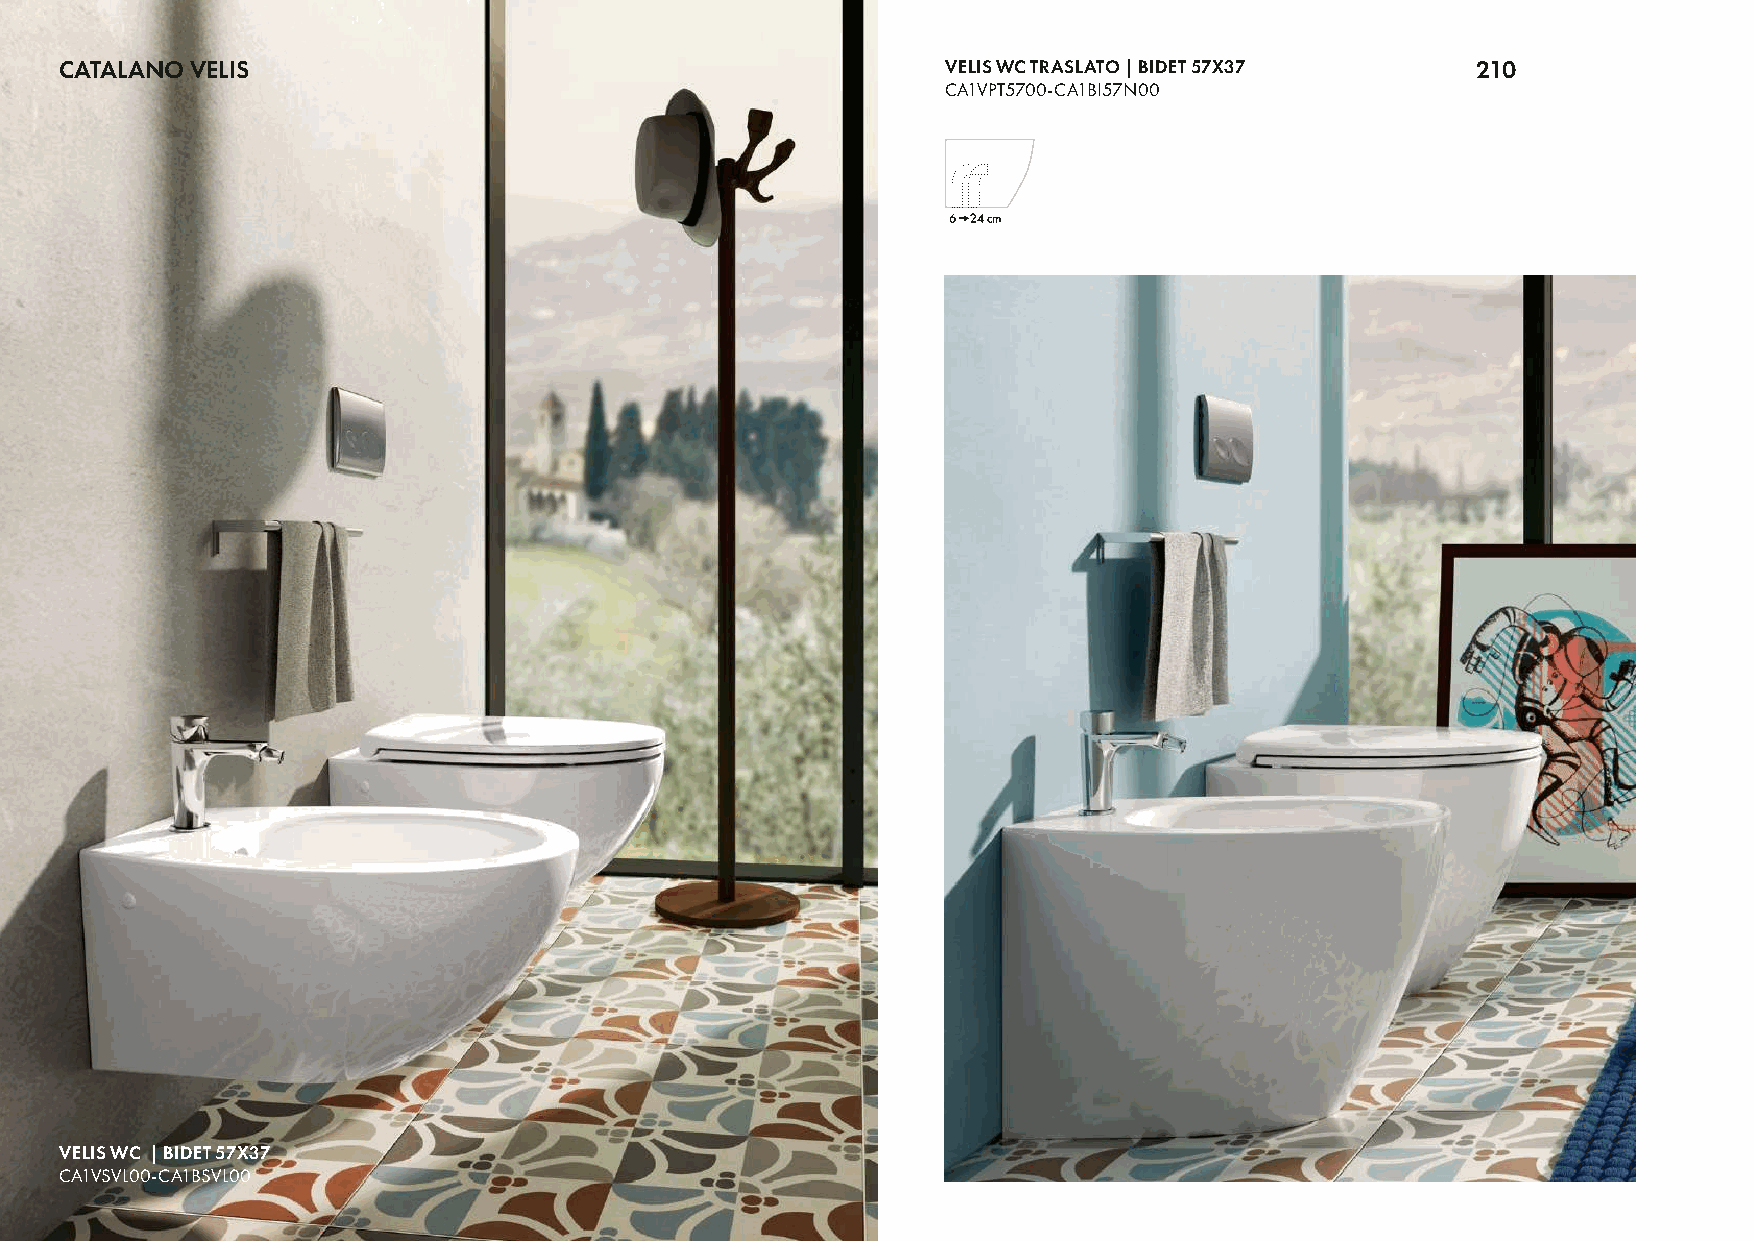
CATALANO VELIS                                             VELIS WC TRASLATO | BIDET 57X37    210
 CA1VPT5700-CA1BI57N00
 VELIS WC | BIDET 57X37
 CA1VSVL00-CA1BSVL00